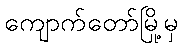
ကျောက်တော်မြို့မှ